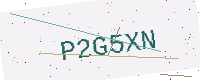
Text: P2G5XN